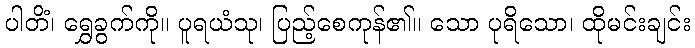
ပါတိံ၊ ရွှေခွက်ကို။ ပူရယံသု၊ ပြည့်စေကုန်၏။ သော ပုရိသော၊ ထိုမင်းချင်း